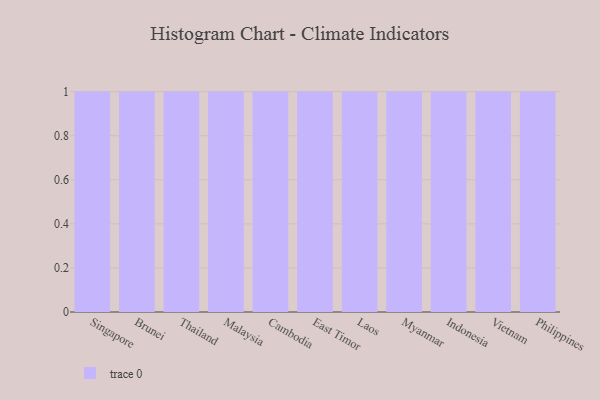
{"axis": {"x": "Country", "y": "Latency (ms)"}, "legend": [""], "data": [{"x": "Singapore", "y": 17, "type": ""}, {"x": "Brunei", "y": 13, "type": ""}, {"x": "Thailand", "y": 38, "type": ""}, {"x": "Malaysia", "y": 23, "type": ""}, {"x": "Cambodia", "y": 92, "type": ""}, {"x": "East Timor", "y": 34, "type": ""}, {"x": "Laos", "y": 46, "type": ""}, {"x": "Myanmar", "y": 21, "type": ""}, {"x": "Indonesia", "y": 78, "type": ""}, {"x": "Vietnam", "y": 94, "type": ""}, {"x": "Philippines", "y": 64, "type": ""}]}